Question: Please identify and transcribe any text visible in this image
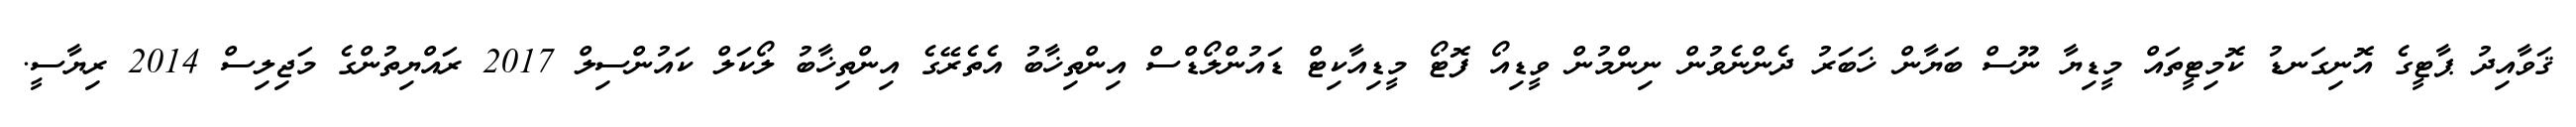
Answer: ޤަވާއިދު ޕާޓީގެ އޮނިގަނޑު ކޮމިޓީތައް މީޑިޔާ ނޫސް ބަޔާން ޚަބަރު ދެންނެވުން ނިންމުން ވީޑިއޯ ފޮޓޯ މީޑިއާކިޓް ޑައުންލޯޑްސް އިންތިޚާބު އެތެރޭގެ އިންތިޚާބު ލޯކަލް ކައުންސިލް 2017 ރައްޔިތުންގެ މަޖިލިސް 2014 ރިޔާސީ.